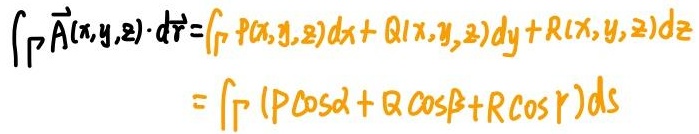
\[
\begin{align*}
\int_{\Gamma} \vec{A}(x,y,z) \cdot d\vec{r} &= \int_{\Gamma} P(x,y,z)dx + Q(x,y,z)dy + R(x,y,z)dz\\
&= \int_{\Gamma} (P\cos\alpha + Q\cos\beta + R\cos\gamma)ds
\end{align*}
\]